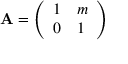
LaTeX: \mathbf { A } = { \left( \begin{array} { l l } { 1 } & { m } \\ { 0 } & { 1 } \end{array} \right) }